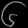
Digit: ၆